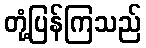
တုံ့ပြန်ကြသည်